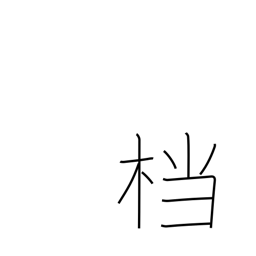
Meaning: archives